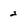
Character: 2